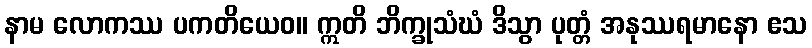
နာမ လောကဿ ပကတိယေဝ။ ဣတိ ဘိက္ခုသံဃံ ဒိသွာ ပုတ္တံ အနုဿရမာနော ဧသ